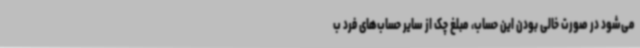
می‌شود در صورت خالی بودن این حساب، مبلغ چک از سایر حساب‌های فرد ب